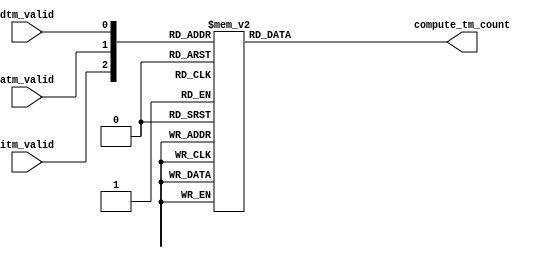
module video_sys_CPU_nios2_oci_compute_tm_count (
                                                   atm_valid,
                                                   dtm_valid,
                                                   itm_valid,
                                                   compute_tm_count
                                                )
;
  output  [  1: 0] compute_tm_count;
  input            atm_valid;
  input            dtm_valid;
  input            itm_valid;
  reg     [  1: 0] compute_tm_count;
  wire    [  2: 0] switch_for_mux;
  assign switch_for_mux = {itm_valid, atm_valid, dtm_valid};
  always @(switch_for_mux)
    begin
      case (switch_for_mux)
          3'b000: begin
              compute_tm_count = 0;
          end 
          3'b001: begin
              compute_tm_count = 1;
          end 
          3'b010: begin
              compute_tm_count = 1;
          end 
          3'b011: begin
              compute_tm_count = 2;
          end 
          3'b100: begin
              compute_tm_count = 1;
          end 
          3'b101: begin
              compute_tm_count = 2;
          end 
          3'b110: begin
              compute_tm_count = 2;
          end 
          3'b111: begin
              compute_tm_count = 3;
          end 
      endcase 
    end
endmodule